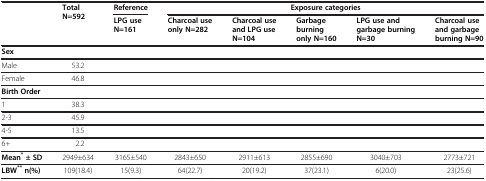
<table><thead><tr><td><b> </b></td><td><b>Total N=592</b></td><td><b>Reference</b></td><td colspan="5"><b>Exposure categories</b></td></tr><tr><td><b> </b></td><td><b> </b></td><td><b>LPG use N=161</b></td><td><b>Charcoal use only N=282</b></td><td><b>Charcoal use and LPG use N=104</b></td><td><b>Garbage burning only N=160</b></td><td><b>LPG use and garbage burning N=30</b></td><td><b>Charcoal use and garbage burning N=90</b></td></tr></thead><tbody><tr><td><b>Sex</b></td><td> </td><td> </td><td> </td><td> </td><td> </td><td> </td><td> </td></tr><tr><td>Male</td><td>53.2</td><td> </td><td> </td><td> </td><td> </td><td> </td><td> </td></tr><tr><td>Female</td><td>46.8</td><td> </td><td> </td><td> </td><td> </td><td> </td><td> </td></tr><tr><td><b>Birth Order</b></td><td> </td><td> </td><td> </td><td> </td><td> </td><td> </td><td> </td></tr><tr><td>1</td><td>38.3</td><td> </td><td> </td><td> </td><td> </td><td> </td><td> </td></tr><tr><td>2-3</td><td>45.9</td><td> </td><td> </td><td> </td><td> </td><td> </td><td> </td></tr><tr><td>4-5</td><td>13.5</td><td> </td><td> </td><td> </td><td> </td><td> </td><td> </td></tr><tr><td>6+</td><td>2.2</td><td> </td><td> </td><td> </td><td> </td><td> </td><td> </td></tr><tr><td><b>Mean</b><sup><b>*</b></sup><b>± SD</b></td><td>2949±634</td><td>3165±540</td><td>2843±650</td><td>2911±613</td><td>2855±690</td><td>3040±703</td><td>2773±721</td></tr><tr><td><b>LBW</b><sup><b>**</b></sup><b>n(%)</b></td><td>109(18.4)</td><td>15(9.3)</td><td>64(22.7)</td><td>20(19.2)</td><td>37(23.1)</td><td>6(20.0)</td><td>23(25.6)</td></tr></tbody></table>